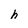
Character: h